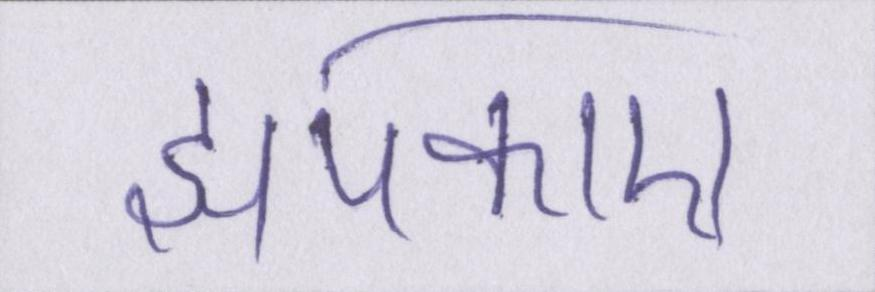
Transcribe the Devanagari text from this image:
झपकाए